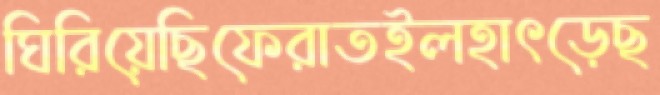
ঘিরিয়েছিফেরাতইলহাৎড়েছ